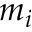
m _ { i }